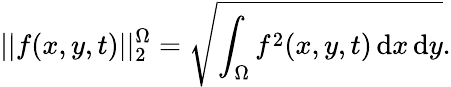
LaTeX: ||f(x,y,t)||_{2}^{\Omega}=\sqrt{\int_{\Omega}f^{2}(x,y,t)\mathop{}\! \mathrm{d}x\mathop{}\! \mathrm{d}y}.